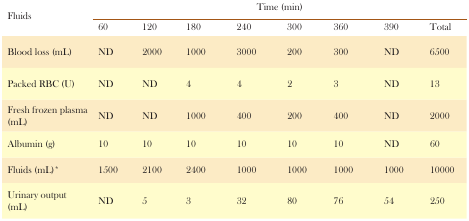
<table><thead><tr><td rowspan="2"><b>Fluids</b></td><td colspan="7"><b>Time (min)</b></td><td></td></tr><tr><td><b>60</b></td><td><b>120</b></td><td><b>180</b></td><td><b>240</b></td><td><b>300</b></td><td><b>360</b></td><td><b>390</b></td><td><b>Total</b></td></tr></thead><tbody><tr><td>Blood loss (mL)</td><td>ND</td><td>2000</td><td>1000</td><td>3000</td><td>200</td><td>300</td><td>ND</td><td>6500</td></tr><tr><td>Packed RBC (U)</td><td>ND</td><td>ND</td><td>4</td><td>4</td><td>2</td><td>3</td><td>ND</td><td>13</td></tr><tr><td>Fresh frozen plasma (mL)</td><td>ND</td><td>ND</td><td>1000</td><td>400</td><td>200</td><td>400</td><td>ND</td><td>2000</td></tr><tr><td>Albumin (g)</td><td>10</td><td>10</td><td>10</td><td>10</td><td>10</td><td>10</td><td>ND</td><td>60</td></tr><tr><td>Fluids (mL)*</td><td>1500</td><td>2100</td><td>2400</td><td>1000</td><td>1000</td><td>1000</td><td>1000</td><td>10000</td></tr><tr><td>Urinary output (mL)</td><td>ND</td><td>5</td><td>3</td><td>32</td><td>80</td><td>76</td><td>54</td><td>250</td></tr></tbody></table>